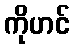
ကိုဟင်